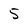
Character: 5